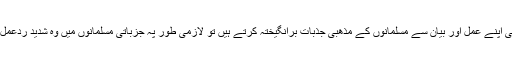
اور جب قادیانی اپنے عمل اور بیان سے مسلمانوں کے مذھبی جذبات برانگیختہ کرتے ہیں تو لازمی طور پہ جزباتی مسلمانوں میں وہ شدید ردعمل پیدا ہوتا ہے ۔